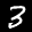
Label: 3